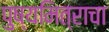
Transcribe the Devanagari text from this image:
पुष्यमित्राचा